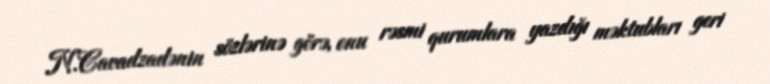
N.Cavadzadənin sözlərinə görə, onu rəsmi qurumlara yazdığı məktubları geri